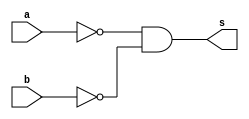
// --------------------------
// Exemplo0010 - NOR
// Nome: Isabel Bicalho Amaro
// --------------------------
 

// --------------------------
// -- nor gate
// --------------------------
  module norgate(output s, input a,b);
    assign s=~a&~b;
  endmodule // norgate
   

// --------------------------
// -- test nor gate
// --------------------------
  module testnorgate;


// -------------------------- dados locais
  reg  a,b; // definir registrador
  wire s;   // definir conexao(fio)


// -------------------------- instancia
  norgate NOR1(s,a,b);


// -------------------------- preparacao
  initial begin:start
        a=0;
		  b=0;
  end
  
  
// -------------------------- parte principal
  initial begin:main
        $display("Exemplo0010 - Isabel Bicalho Amaro - 451580");
        $display("Test nor gate");
        $display("\na  ~a&~b  b  =  s\n");
		  $monitor("%b  ~a&~b  %b  =  %b",a,b,s);
  #1 a=0; b=0;              
  #1 a=0; b=1;
  #1 a=1; b=0;
  #1 a=1; b=1;
  end
  
endmodule // testnorgate

 // -------------------
 // -- Testes
 // -------------------
 
// --    Exemplo0010 - Isabel Bicalho Amaro - 451580
// --    Test nor gate
// --    
// --    a  ~a&~b  b  =  s
// --    
// --    0  ~a&~b  0  =  1
// --    0  ~a&~b  1  =  0
// --    1  ~a&~b  0  =  0
// --    1  ~a&~b  1  =  0